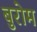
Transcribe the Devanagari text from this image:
बुरोम